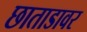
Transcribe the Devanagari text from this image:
छाताडावर